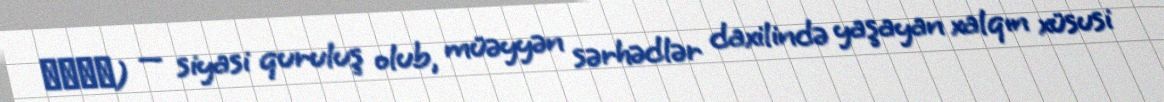
دولة) — siyasi quruluş olub, müəyyən sərhədlər daxilində yaşayan xalqın xüsusi